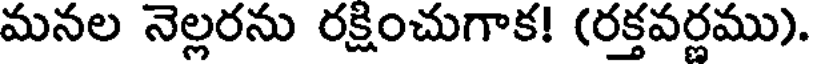
మనల నెల్లరను రక్షించుగాక! (రక్తవర్ణము).